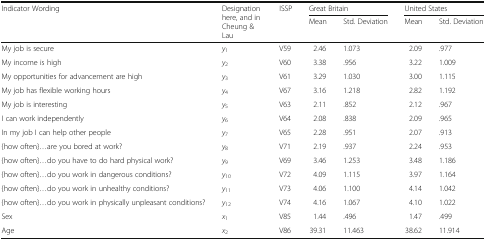
<table><thead><tr><td rowspan="2"><b>Indicator Wording</b></td><td rowspan="2"><b>Designation here, and in Cheung &amp; Lau</b></td><td rowspan="2"><b>ISSP</b></td><td colspan="2"><b>Great Britain</b></td><td colspan="2"><b>United States</b></td></tr><tr><td><b>Mean</b></td><td><b>Std. Deviation</b></td><td><b>Mean</b></td><td><b>Std. Deviation</b></td></tr></thead><tbody><tr><td>My job is secure</td><td><i>y</i><sub>1</sub></td><td>V59</td><td>2.46</td><td>1.073</td><td>2.09</td><td>.977</td></tr><tr><td>My income is high</td><td><i>y</i><sub>2</sub></td><td>V60</td><td>3.38</td><td>.956</td><td>3.22</td><td>1.009</td></tr><tr><td>My opportunities for advancement are high</td><td><i>y</i><sub>3</sub></td><td>V61</td><td>3.29</td><td>1.030</td><td>3.00</td><td>1.115</td></tr><tr><td>My job has flexible working hours</td><td><i>y</i><sub>4</sub></td><td>V67</td><td>3.16</td><td>1.218</td><td>2.82</td><td>1.192</td></tr><tr><td>My job is interesting</td><td><i>y</i><sub>5</sub></td><td>V63</td><td>2.11</td><td>.852</td><td>2.12</td><td>.967</td></tr><tr><td>I can work independently</td><td><i>y</i><sub>6</sub></td><td>V64</td><td>2.08</td><td>.838</td><td>2.09</td><td>.965</td></tr><tr><td>In my job I can help other people</td><td><i>y</i><sub>7</sub></td><td>V65</td><td>2.28</td><td>.951</td><td>2.07</td><td>.913</td></tr><tr><td>{how often}...are you bored at work?</td><td><i>y</i><sub>8</sub></td><td>V71</td><td>2.19</td><td>.937</td><td>2.24</td><td>.953</td></tr><tr><td>{how often}...do you have to do hard physical work?</td><td><i>y</i><sub>9</sub></td><td>V69</td><td>3.46</td><td>1.253</td><td>3.48</td><td>1.186</td></tr><tr><td>{how often}...do you work in dangerous conditions?</td><td><i>y</i><sub>10</sub></td><td>V72</td><td>4.09</td><td>1.115</td><td>3.97</td><td>1.164</td></tr><tr><td>{how often}...do you work in unhealthy conditions?</td><td><i>y</i><sub>11</sub></td><td>V73</td><td>4.06</td><td>1.100</td><td>4.14</td><td>1.042</td></tr><tr><td>{how often}...do you work in physically unpleasant conditions?</td><td><i>y</i><sub>12</sub></td><td>V74</td><td>4.16</td><td>1.067</td><td>4.10</td><td>1.022</td></tr><tr><td>Sex</td><td><i>x</i><sub>1</sub></td><td>V85</td><td>1.44</td><td>.496</td><td>1.47</td><td>.499</td></tr><tr><td>Age</td><td><i>x</i><sub>2</sub></td><td>V86</td><td>39.31</td><td>11.463</td><td>38.62</td><td>11.914</td></tr></tbody></table>